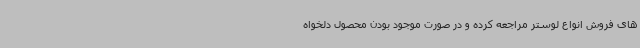
های فروش انواع لوستر مراجعه کرده و در صورت موجود بودن محصول دلخواه